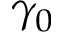
\gamma _ { 0 }